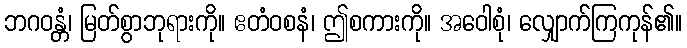
ဘဂဝန္တံ၊ မြတ်စွာဘုရားကို။ ဧတံဝစနံ၊ ဤစကားကို။ အဝေါစုံ၊ လျှောက်ကြကုန်၏။